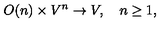
O ( n ) \times V ^ { n } \rightarrow V , \quad n \geq 1 ,